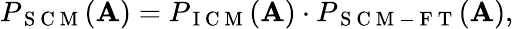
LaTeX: P_{\mathrm{~S~C~M~}}(\mathbf{A})=P_{\mathrm{~I~C~M~}}(\mathbf{A})\cdot P_{\mathrm{~S~C~M~-~F~T~}}(\mathbf{A}),